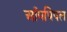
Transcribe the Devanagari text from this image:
आँपपिपल